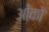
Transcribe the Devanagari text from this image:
ओंको